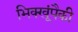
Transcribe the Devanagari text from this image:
भिक्खूंपैकी